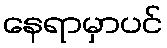
နေရာမှာပင်